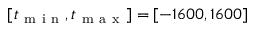
[ t _ { \mathrm { ~ m ~ i ~ n ~ } } , t _ { \mathrm { ~ m ~ a ~ x ~ } } ] = [ - 1 6 0 0 , 1 6 0 0 ]